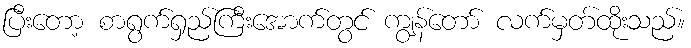
ပြီးတော့ စာရွက်ရှည်ကြီးအောက်တွင် ကျွန်တော် လက်မှတ်ထိုးသည်။